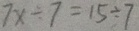
7 x \div 7 = 1 5 \div 7